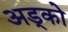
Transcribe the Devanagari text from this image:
अड्को